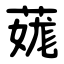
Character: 䓼